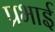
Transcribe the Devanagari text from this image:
प्रभाई